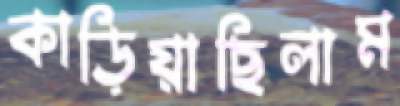
কাড়িয়াছিলাম